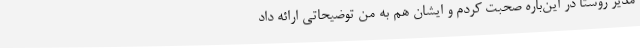
مدیر روستا در این‌باره صحبت کردم و ایشان هم به من توضیحاتی ارائه داد